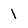
Character: 1